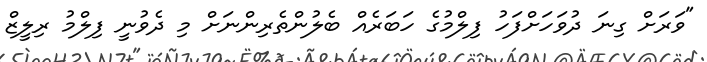
"ވަރަށް ގިނަ ދުވަހަށްފަހު ފިލްމުގެ ހަބަރެއް ބެލުންތެރިންނަށް މި ދެވުނީ ފިލްމު ރިލީޒް